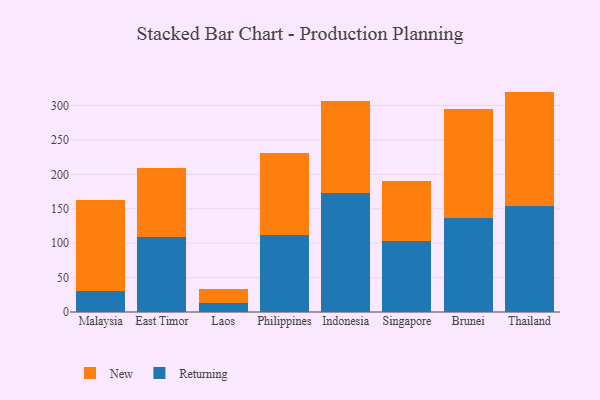
{"axis": {"x": "Country", "y": "Page Views"}, "legend": ["New", "Returning"], "data": [{"x": "Malaysia", "y": 30.1, "type": "Returning"}, {"x": "Malaysia", "y": 133.3, "type": "New"}, {"x": "East Timor", "y": 108.7, "type": "Returning"}, {"x": "East Timor", "y": 100.1, "type": "New"}, {"x": "Laos", "y": 13.6, "type": "Returning"}, {"x": "Laos", "y": 19.2, "type": "New"}, {"x": "Philippines", "y": 111.2, "type": "Returning"}, {"x": "Philippines", "y": 120.1, "type": "New"}, {"x": "Indonesia", "y": 173.5, "type": "Returning"}, {"x": "Indonesia", "y": 133.6, "type": "New"}, {"x": "Singapore", "y": 102.6, "type": "Returning"}, {"x": "Singapore", "y": 87.1, "type": "New"}, {"x": "Brunei", "y": 136.4, "type": "Returning"}, {"x": "Brunei", "y": 159.0, "type": "New"}, {"x": "Thailand", "y": 153.8, "type": "Returning"}, {"x": "Thailand", "y": 166.4, "type": "New"}]}